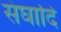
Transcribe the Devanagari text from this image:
संघादि